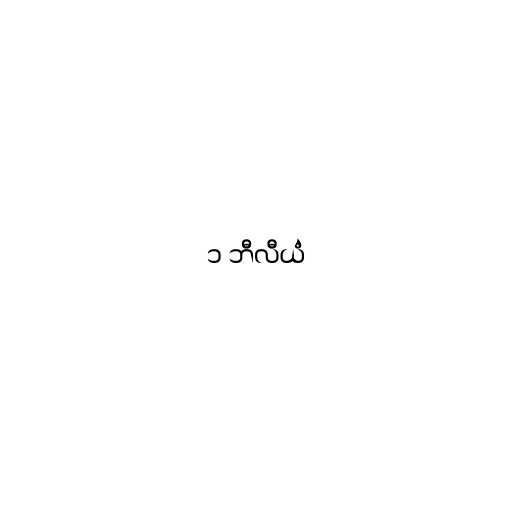
၁ ဘီလီယံ